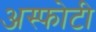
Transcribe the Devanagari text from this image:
अस्फोटी